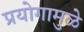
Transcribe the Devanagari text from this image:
प्रयोगामुळे